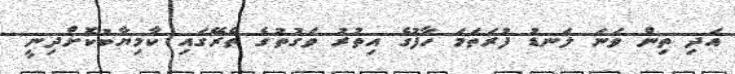
އަދި ތިން ވަނަ ލަނޑު ފުރަތަމަ ހާފުގެ އިތުރު ވަގުތުގެ ތެރޭގައި ކާމިޔާބުކޮށްދިނީ